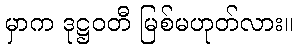
မှာက ဒုဋ္ဌဝတီ မြစ်မဟုတ်လား။